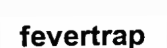
fevertrap